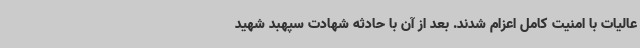
عالیات با امنیت کامل اعزام شدند. بعد از آن با حادثه شهادت سپهبد شهید